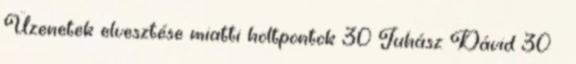
Üzenetek elvesztése miatti holtpontok 30 Juhász Dávid 30